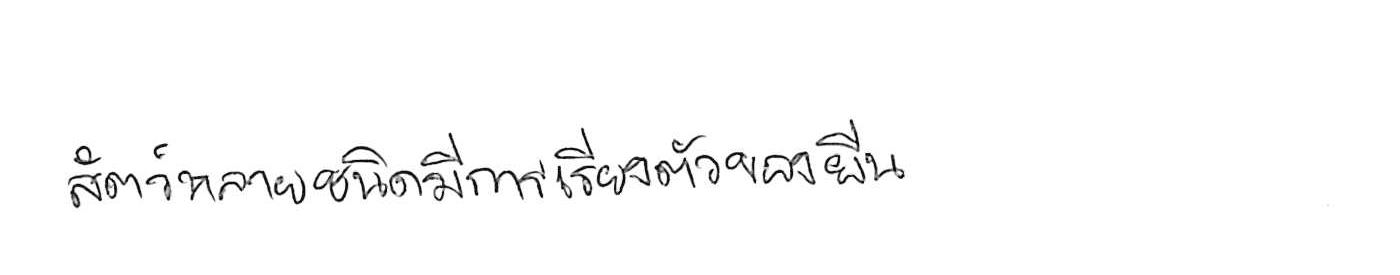
สัตว์หลายชนิดมีการเรียงตัวของยีน